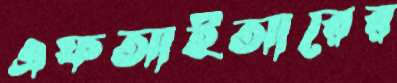
এফআইআরের